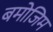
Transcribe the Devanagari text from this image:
बमोजिम